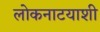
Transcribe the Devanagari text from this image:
लोकनाटयाशी